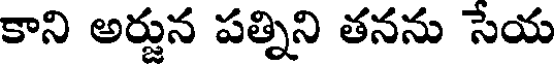
కాని అర్జున పత్నిని తనను సేయ